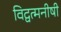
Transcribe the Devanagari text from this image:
विद्वत्मनीषी